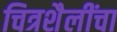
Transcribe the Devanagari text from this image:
चित्रशैलींचा